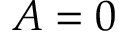
A = 0